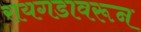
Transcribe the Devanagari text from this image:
रायगडावरून